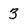
Character: 3